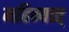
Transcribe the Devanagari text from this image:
महिन्यात्